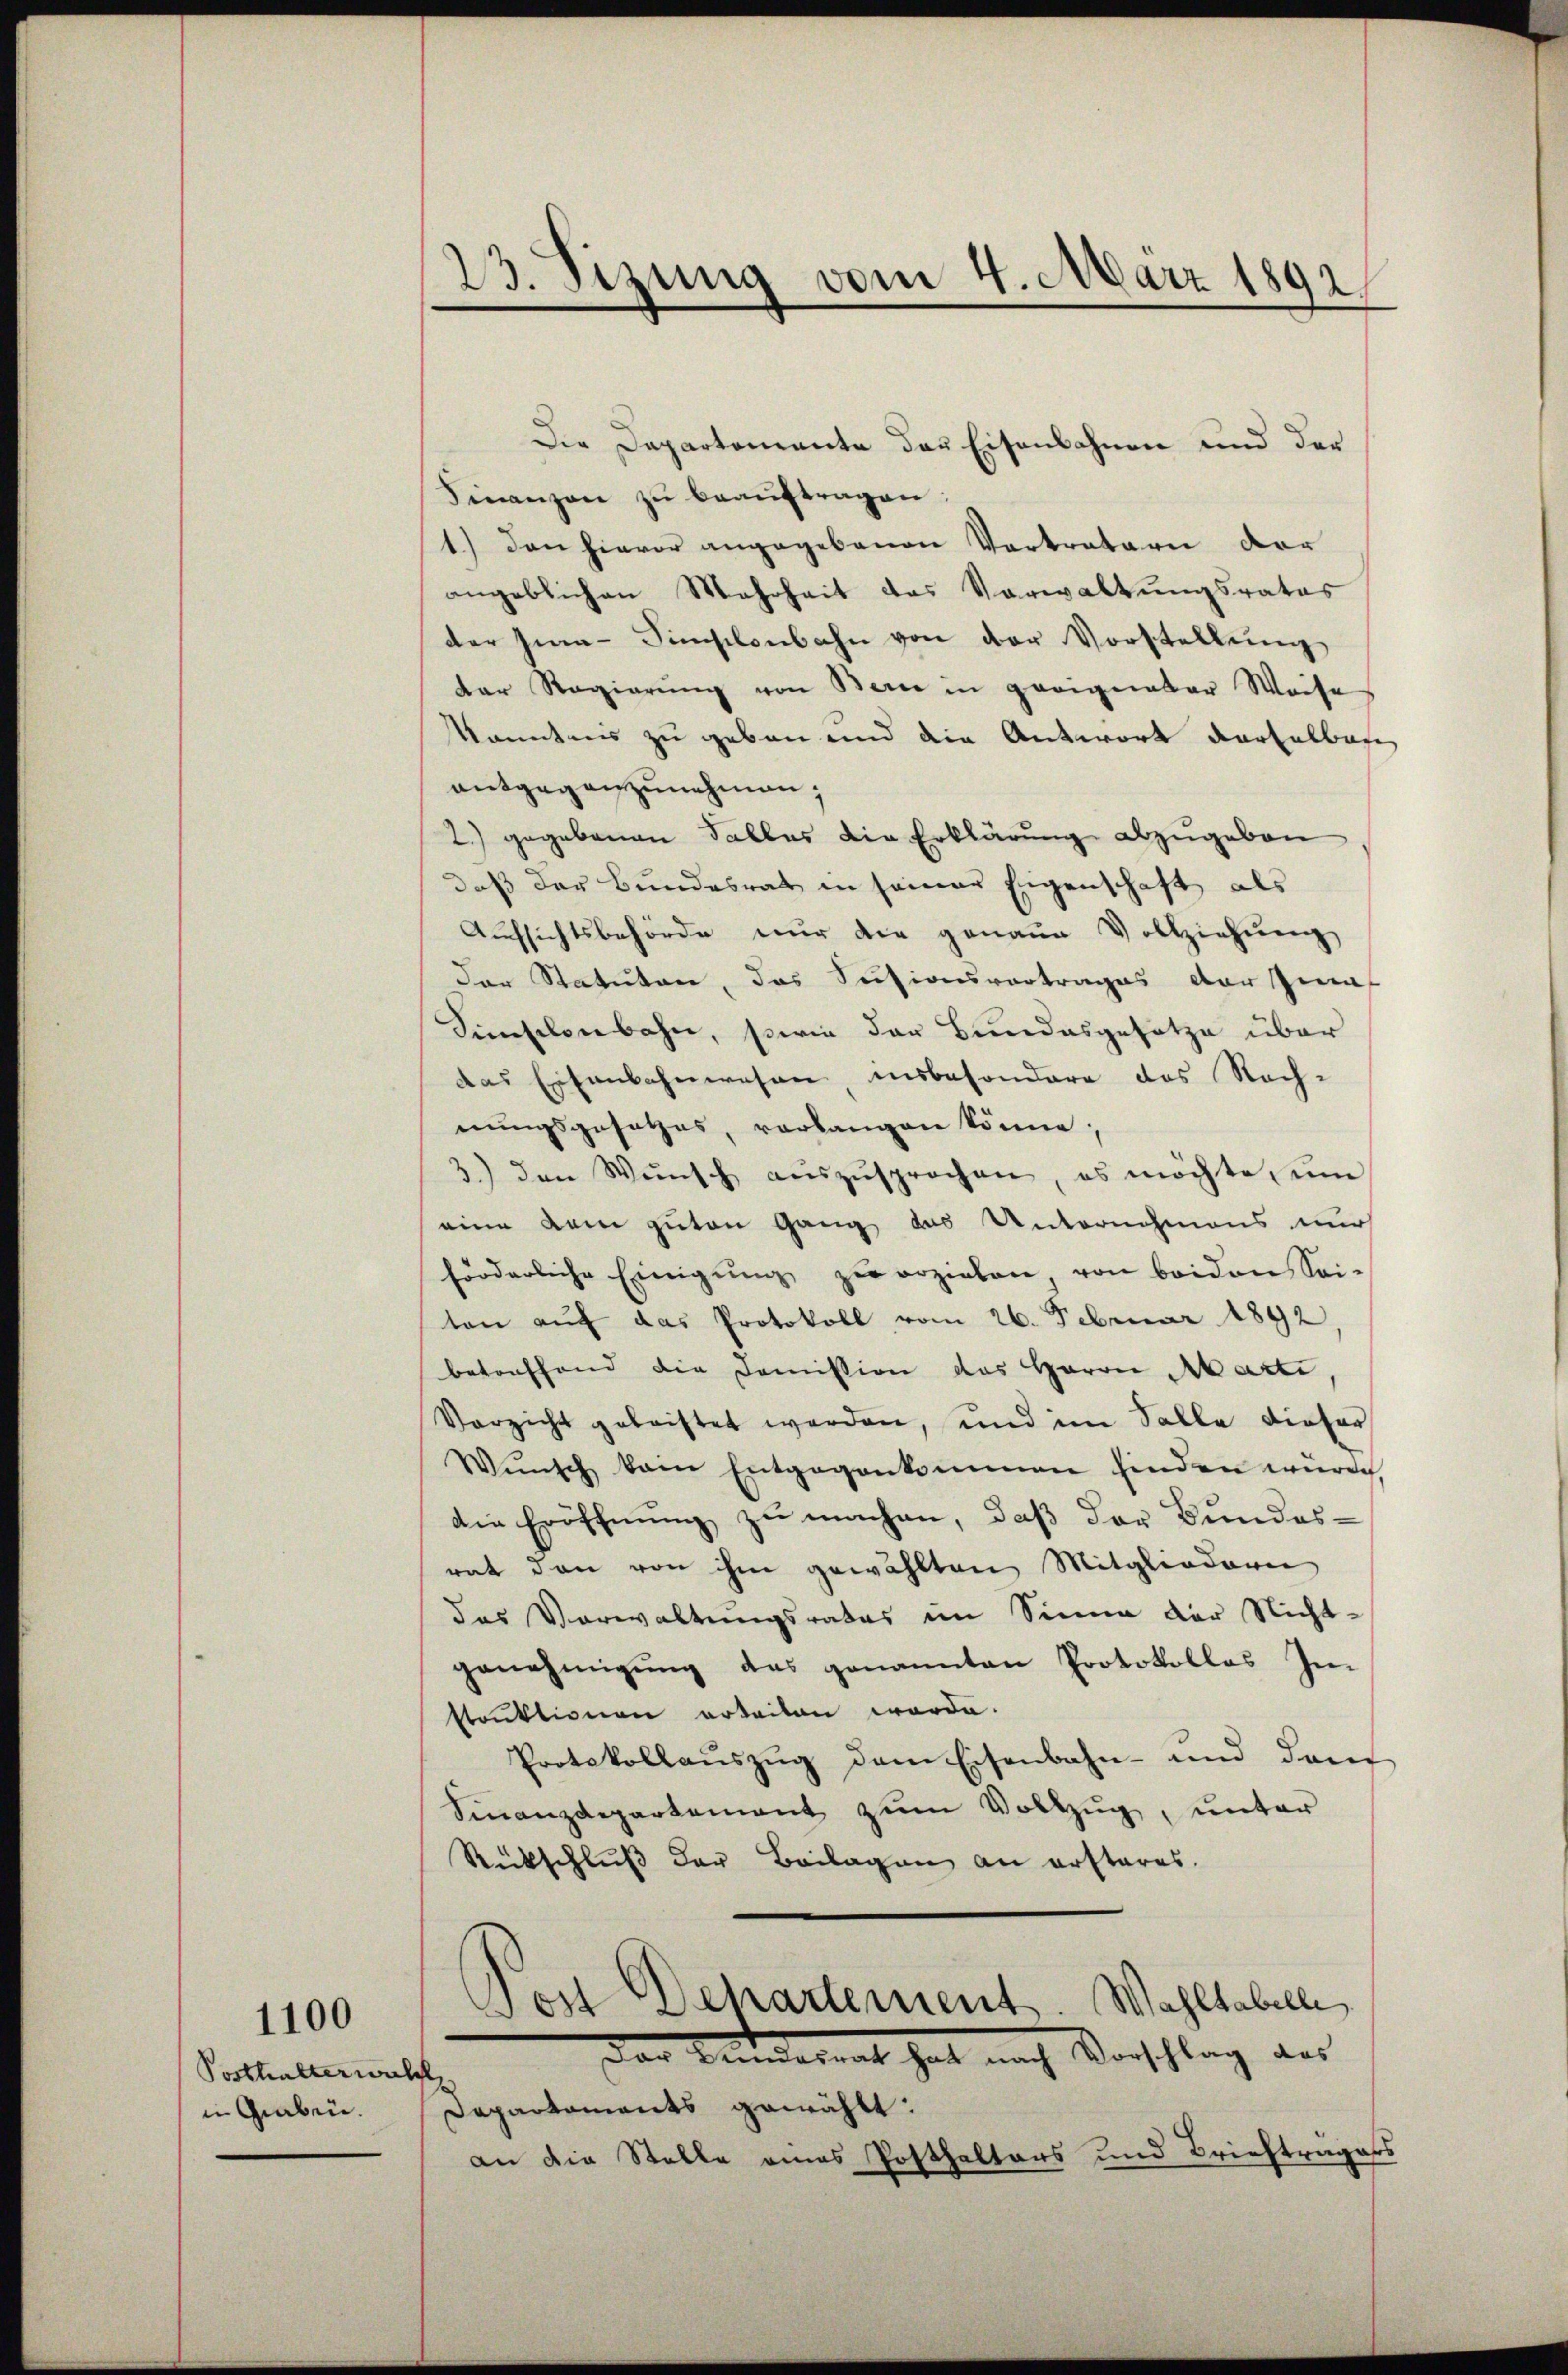
Posthalterwalt,
in Graben.

1100

23. Sizung vom 4. März 1892.

Die Departemente des Eisenbahnen und der
Finanzen zŭ beaŭftragen:
1.) Den hievor angegebenen Vertratori der
angeblichen Mehrheit das Verwaltungsrates
der Ima-Simselenbahn von der Vorstellung
Der Regierung von Berne in gerigerker Weise
kanntnis zu geben und die Antwort darfelbar
antgegenzunehmen;
2.) gegebenen Falles die Erklärung abzugeben
daß der Bundesrat in seiner Eigenschaft als
Aufsichtsbehörde nur die genaue Vollziehŭng
der Statuten, das Sectionsvortrages der Zins
Sineselenbahn, sowie der Bundesgesetze über
das Eisenbahnwesen, insbesondere das Rechnŭngsgesetzes, verlangen könne;
3.) den Wünsch aŭszŭsprochen, es möchte, ŭm
eine dem guten Gang aus Unternehmens nur
förderliche Einigŭng zu erzielen, von beiden Sei-
ten aŭf das Protokoll vom 26. Februar 1892,
betreffend die Domission des Herrn Marti
Verzicht geleistet werden, und im Falle dieser
Wŭnsch kam Entgegenkommen finden würde,
die Eröffnung zu machen, daß der Bundes-
rat dann von ihm gewählten Mitgliedern
das Verwaltungsrates im Sinne der Nicht-
genehmigung das genannten Protokolles In-
struktionen erteilen werde.
Protokollaŭszŭg dem Eisenbahn- und dem
Finanzdepartement zŭm Vollzug, unter
Rückschluß der Beilagen an ersteres.
Wahltabelle
Von Departement
Der Kinderent hat nach Vorschlag des
Departements gewählt:
an die Stelle eines Posthaltens und Briefträgers